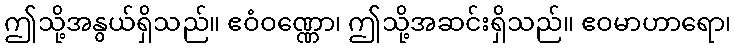
ဤသို့အနွယ်ရှိသည်။ ဧဝံဝဏ္ဏော၊ ဤသို့အဆင်းရှိသည်။ ဧဝမာဟာရော၊